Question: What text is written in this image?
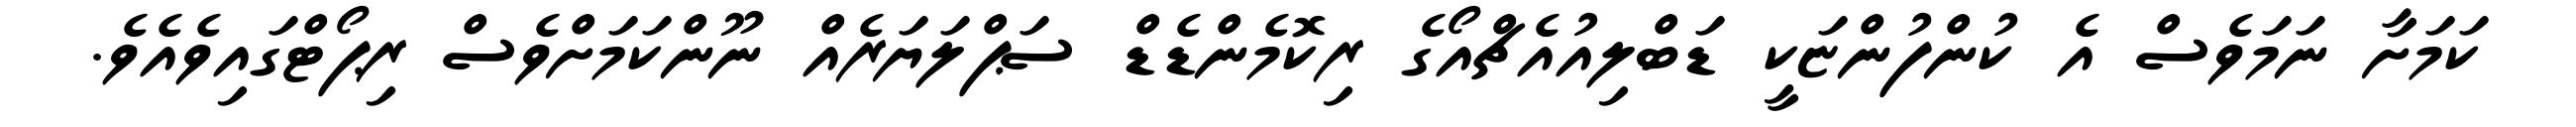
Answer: ކަމަށާ ނަމަވެސް އެ ކުންފުންޏަކީ ޑަބްލިއުއެޗްއޯގެ ރިކޮމެންޑެޑް ސަޕްލަޔަރެއް ނޫންކަމަށްވެސް ރިޕޯޓްގައިވެއެވެ.